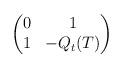
LaTeX: \begin{align*}\begin{pmatrix}0 & 1 \\1 & -Q_t(T)\end{pmatrix}\end{align*}